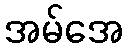
အမ်အေ